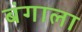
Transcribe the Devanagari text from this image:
बंगाला